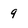
Character: 9